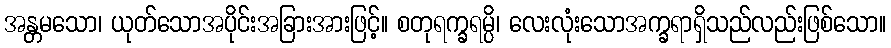
အန္တမသော၊ ယုတ်သောအပိုင်းအခြားအားဖြင့်။ စတုရက္ခရမ္ပိ၊ လေးလုံးသောအက္ခရာရှိသည်လည်းဖြစ်သော။